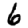
Digit: 6